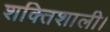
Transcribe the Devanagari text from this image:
शक्तिशाली।